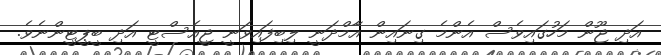
އަދި ޖޫން މަހުގައިވެސް އެންމެ ގިނައިން އާމްދަނީ ލިބިފައިވަނީ ޖީއެސްޓީ އަދި ބީޕީޓީންނެވެ.